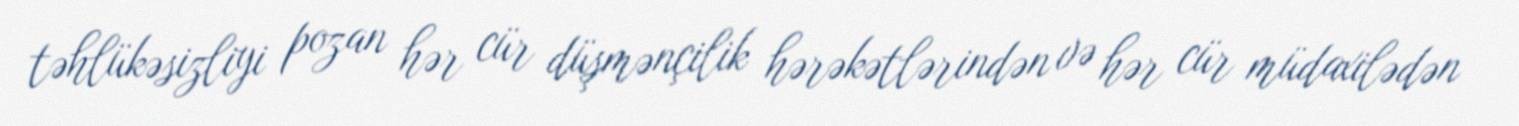
təhlükəsizliyi pozan hər cür düşmənçilik hərəkətlərindən və hər cür müdaxilədən